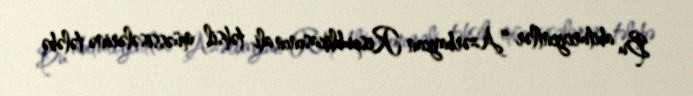
Bu abituriyentlər “Azərbaycan Respublikasının ali təhsil müəssisələrinə tələbə